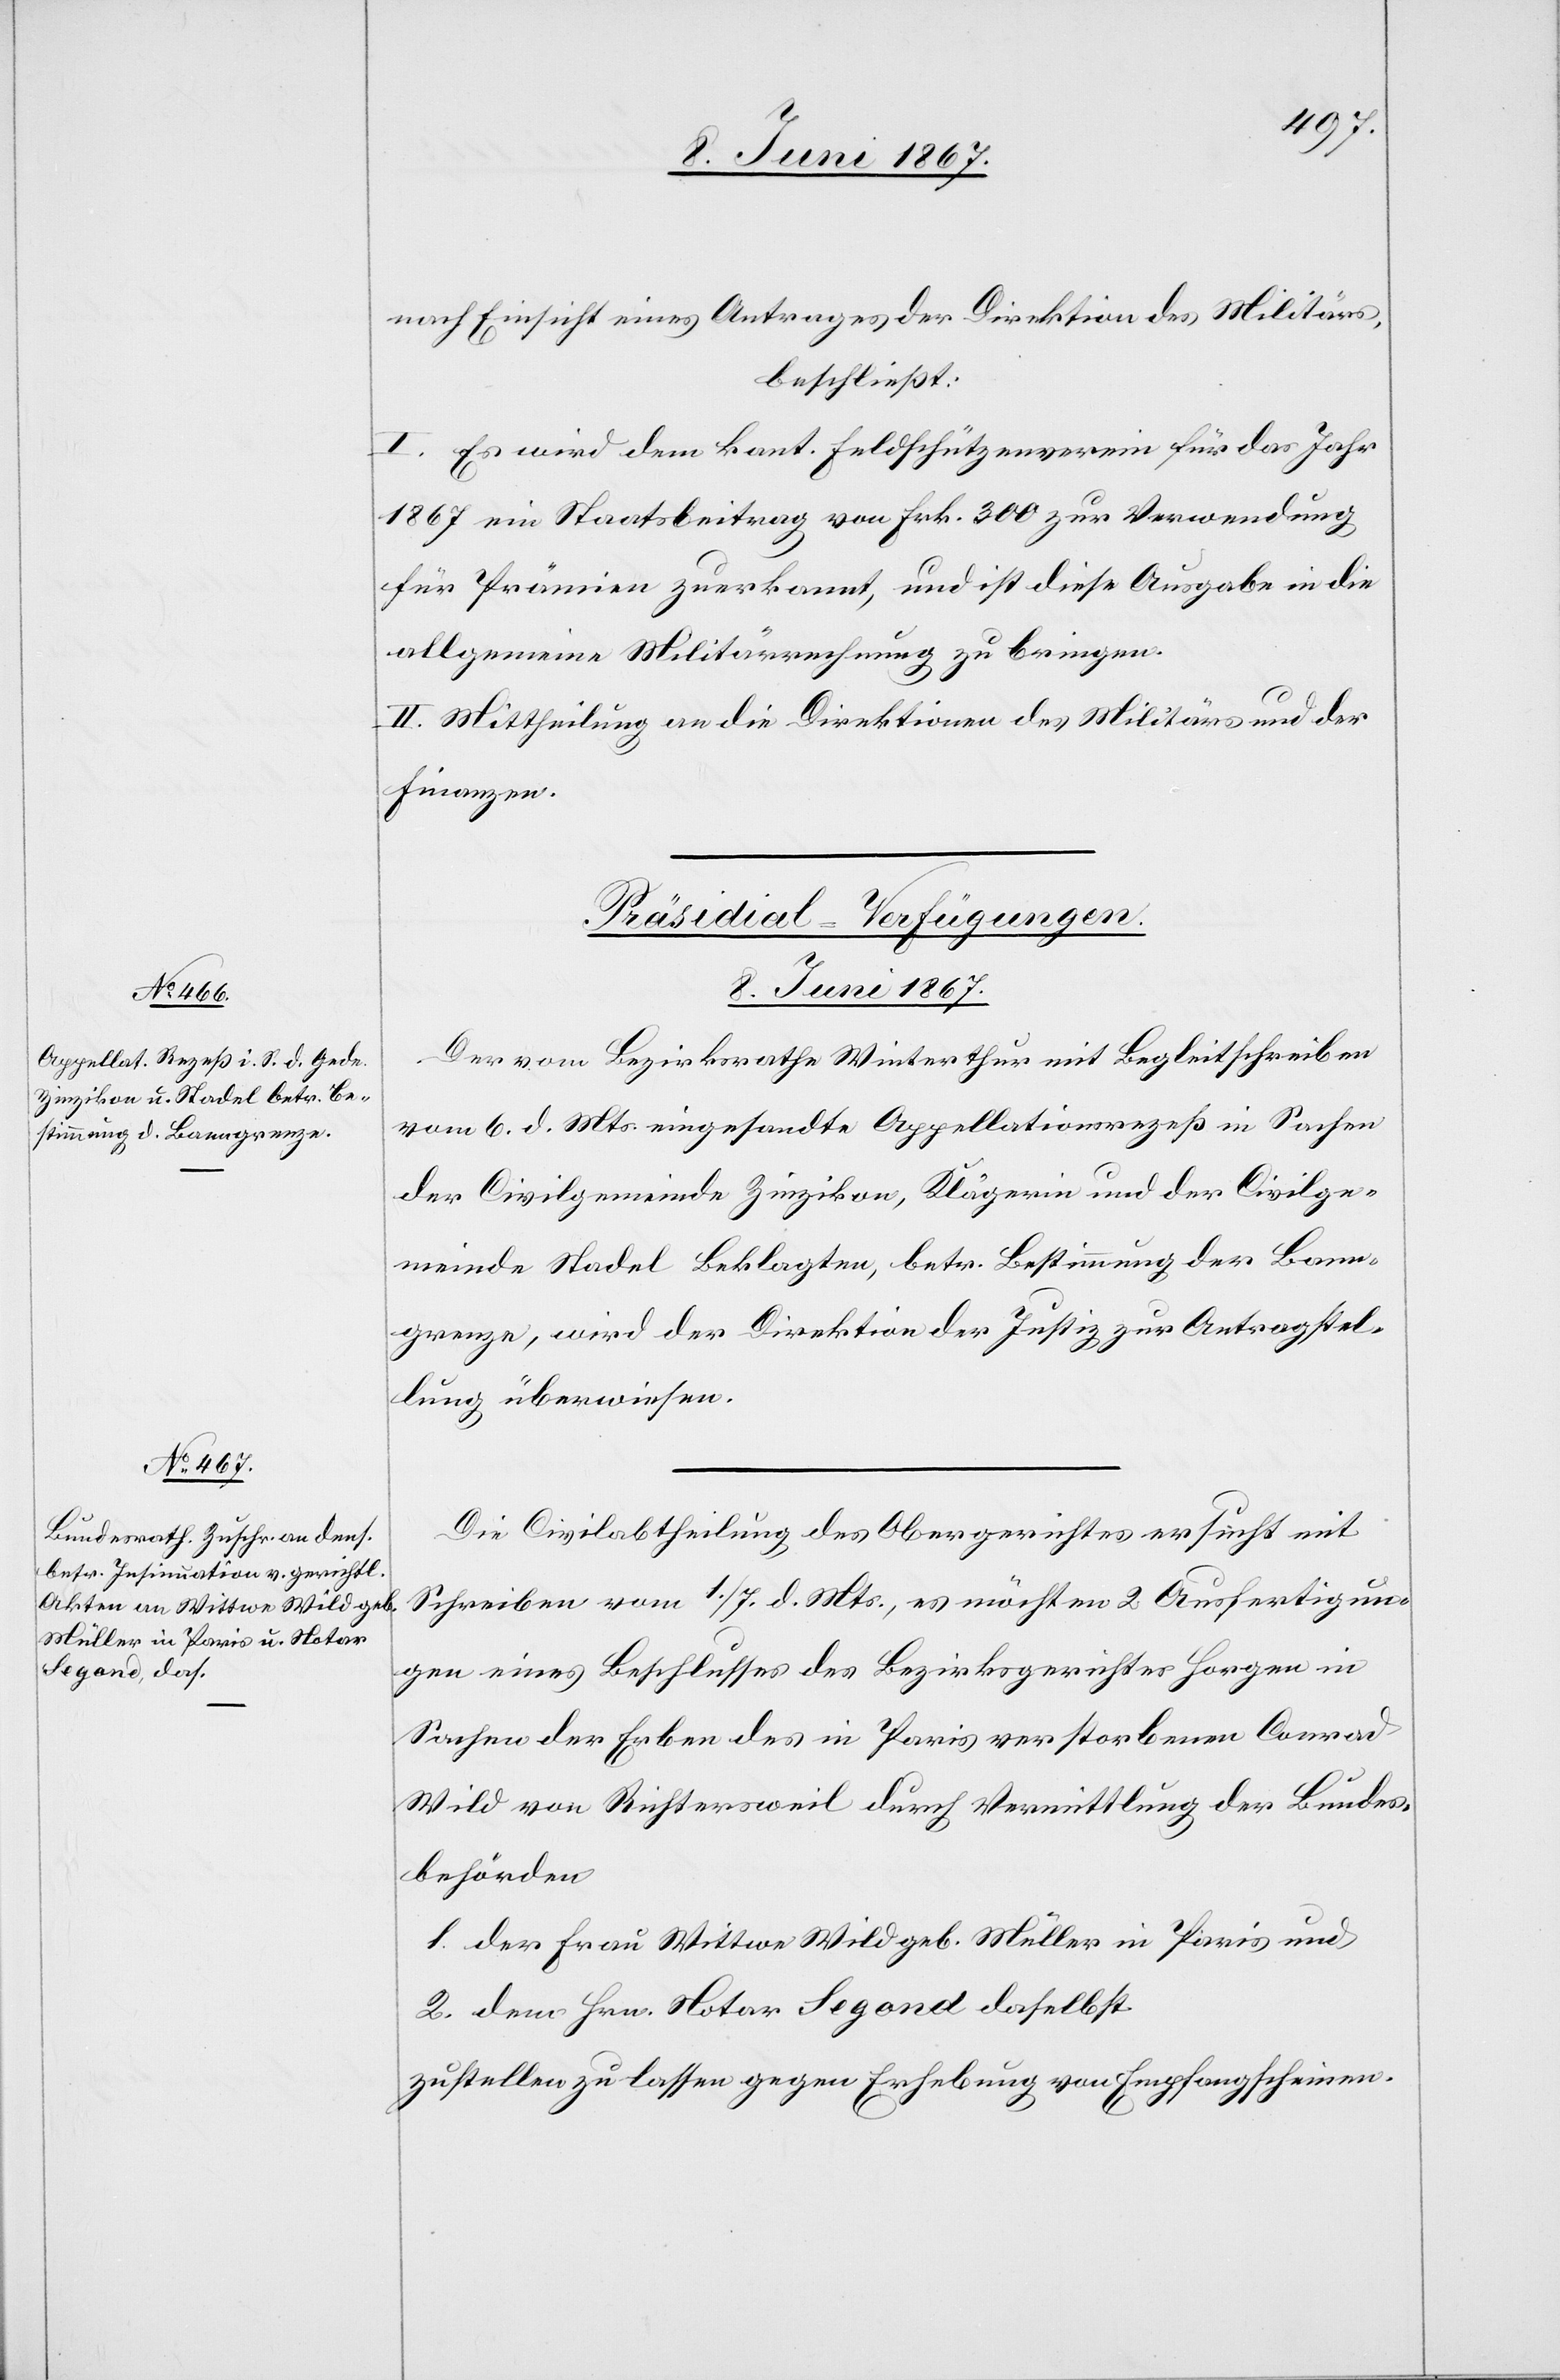
8. Juni 1867.]
nach Einsicht eines Antrages der Direktion des Militärs,
beschließt:
I. Es wird dem kant. Feldschützenverein für das Jahr
1867 ein Staatsbeitrag von Frk. 300 zur Verwendung
für Prämien zuerkannt, und ist diese Ausgabe in die
allgemeine Militärrechnung zu bringen.
II. Mittheilung an die Direktionen des Militärs und der
Finanzen.
[Präsidial-Verfügungen.
8. Juni 1867.
Der vom Bezirksrathe Winterthur mit Begleitschreiben
vom 6. d. Mts. eingesandte Appellationsrezeß in Sachen
der Civilgemeinde Zinzikon, Klägerin und der Civilge¬
meinde Stadel Beklagten, betr. Bestimmung der Bann¬
grenze, wird der Direktion der Justiz zur Antragstel¬
lung überwiesen.
Die Civilabtheilung des Obergerichtes ersucht mit
Schreiben vom 1. / 7. d. Mts, es möchten 2 Ausfertigun¬
gen eines Beschlusses des Bezirksgerichtes Horgen in
Sachen der Erben des in Paris verstorbenen Conrad
Wild von Richtersweil durch Vermittlung der Bundes¬
behörden
1. der Frau Wittwe Wild geb. Müller in Paris und
2. dem Hrn. Notar Segond daselbst
zustellen zu lassen gegen Erhebung von Empfangscheinen.